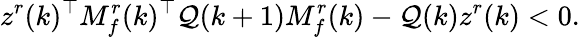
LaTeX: z^{r}(k)^{\top}M_{f}^{r}(k)^{\top}\mathcal{Q}(k+1)M_{f}^{r}(k)-\mathcal{Q}(k)z^{r}(k)<0.